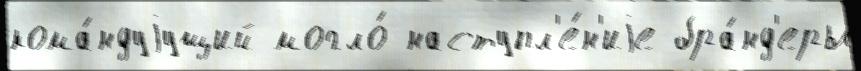
кома́ндуjущий могло́ наступл'е́н'иjе бра́нд'еры